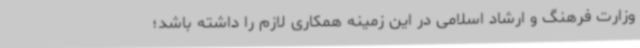
وزارت فرهنگ و ارشاد اسلامی در این زمینه همکاری لازم را داشته باشد؛